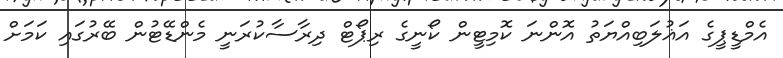
އެމްޑީޕީގެ އަޣުލަބިއްޔަތު އޮންނަ ކޮމިޓީން ކޯނީގެ ރިޕޯޓް ދިރާސާކުރަނީ މެންޑޭޓުން ބޭރުގައި ކަމަށް